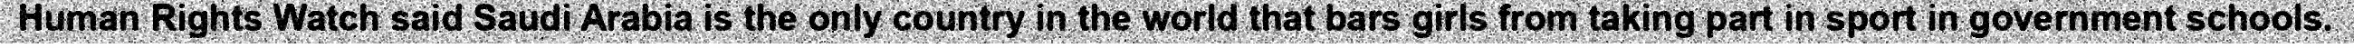
Human Rights Watch said Saudi Arabia is the only country in the world that bars girls from taking part in sport in government schools.